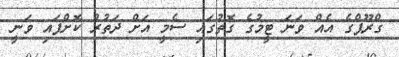
ގްރޫޕްގެ އެއް ވަނަ ޓީމުގެ ގޮތުގައި ސެމީ އަށް ދަތުރު ކޮށްފައި ވަނީ